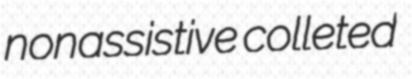
nonassistive colleted